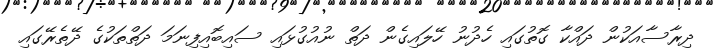
ދިރާސާއަކުން ދައްކާ ގޮތުގައި ހެދުނު ހޭލައިގެން ދަތް ނުއުގުޅައި ސައިބޮއިފިނަމަ ދަތްތަކުގެ ދޭތެރޭގައި